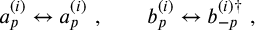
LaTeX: a _ { p } ^ { ( i ) } \leftrightarrow a _ { p } ^ { ( i ) } \ , \qquad b _ { p } ^ { ( i ) } \leftrightarrow b _ { - p } ^ { ( i ) \dagger } \ ,